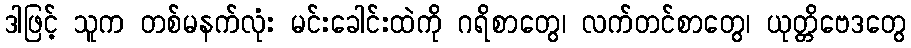
ဒါဖြင့် သူက တစ်မနက်လုံး မင်းခေါင်းထဲကို ဂရိစာတွေ၊ လက်တင်စာတွေ၊ ယုတ္တိဗေဒတွေ